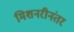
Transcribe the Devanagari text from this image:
मिशनरीनंतर